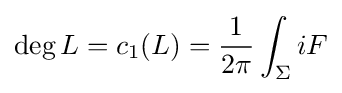
\operatorname {deg} L=c_{1}(L)={\frac {1}{2\pi }}\int _{\Sigma }iF